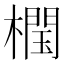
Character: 𣜝